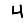
Digit: 4